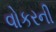
વોકરની